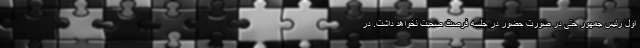
اول رئیس جمهور حتی در صورت حضور در جلسه فرصت صحبت نخواهد داشت. در